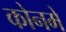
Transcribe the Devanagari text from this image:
कोनमे